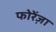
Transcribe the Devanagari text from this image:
फोरेंज़ा